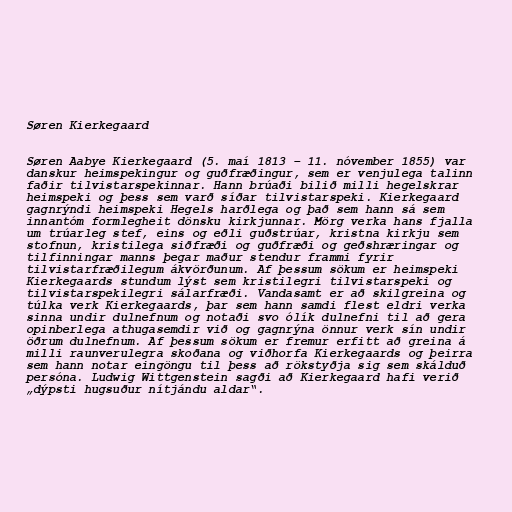
Søren Kierkegaard

Søren Aabye Kierkegaard (5. maí 1813 – 11. nóvember 1855) var
danskur heimspekingur og guðfræðingur, sem er venjulega talinn
faðir tilvistarspekinnar. Hann brúaði bilið milli hegelskrar
heimspeki og þess sem varð síðar tilvistarspeki. Kierkegaard
gagnrýndi heimspeki Hegels harðlega og það sem hann sá sem
innantóm formlegheit dönsku kirkjunnar. Mörg verka hans fjalla
um trúarleg stef, eins og eðli guðstrúar, kristna kirkju sem
stofnun, kristilega siðfræði og guðfræði og geðshræringar og
tilfinningar manns þegar maður stendur frammi fyrir
tilvistarfræðilegum ákvörðunum. Af þessum sökum er heimspeki
Kierkegaards stundum lýst sem kristilegri tilvistarspeki og
tilvistarspekilegri sálarfræði. Vandasamt er að skilgreina og
túlka verk Kierkegaards, þar sem hann samdi flest eldri verka
sinna undir dulnefnum og notaði svo ólík dulnefni til að gera
opinberlega athugasemdir við og gagnrýna önnur verk sín undir
öðrum dulnefnum. Af þessum sökum er fremur erfitt að greina á
milli raunverulegra skoðana og viðhorfa Kierkegaards og þeirra
sem hann notar eingöngu til þess að rökstyðja sig sem skálduð
persóna. Ludwig Wittgenstein sagði að Kierkegaard hafi verið
„dýpsti hugsuður nítjándu aldar“.